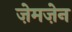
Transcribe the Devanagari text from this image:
ज़ेमज़ेन